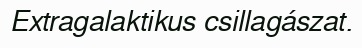
Extragalaktikus csillagászat.